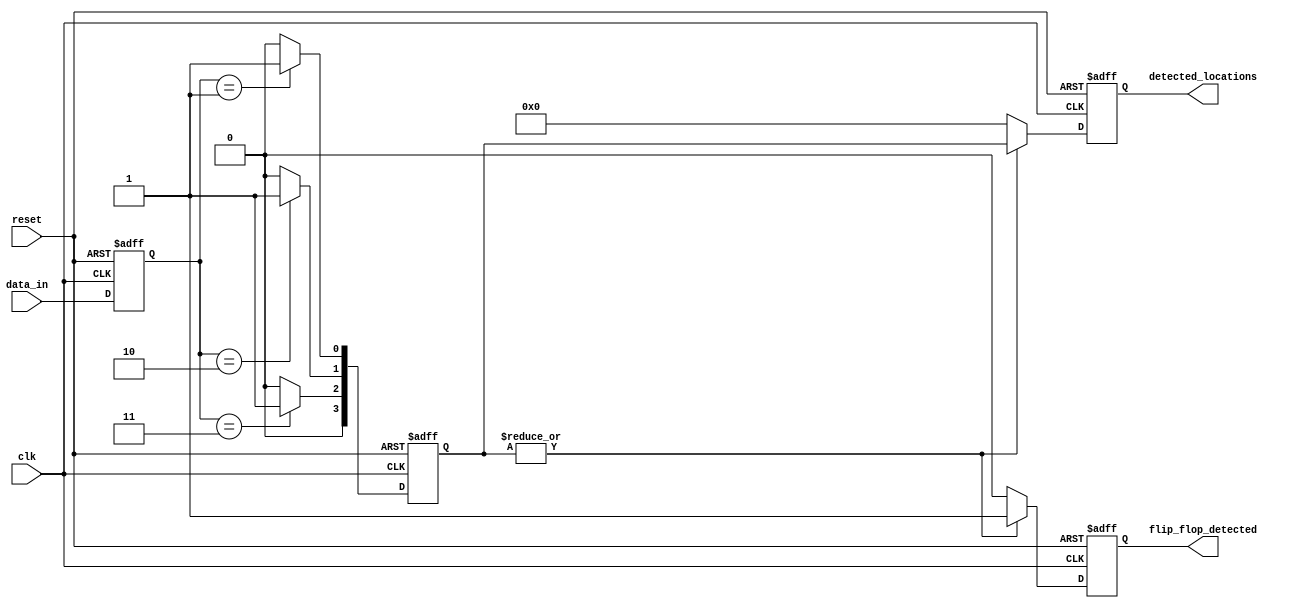
module flip_flop_detector (
    input wire clk,               // Clock signal
    input wire reset,             // Reset signal
    input wire [7:0] data_in,     // Input data lines (8-bit for example)
    output reg flip_flop_detected, // Output signal indicating flip-flop presence
    output reg [3:0] detected_locations // Output for detected locations (4-bit for example)
);

    // Internal signals
    reg [7:0] data_reg;           // Register to hold sampled data
    reg [3:0] pattern_match;      // Pattern match signals for each segment

    // Define flip-flop patterns (example patterns)
    parameter FLIP_FLOP_SET = 8'b00000001;   // Example pattern for set
    parameter FLIP_FLOP_RESET = 8'b00000010; // Example pattern for reset
    parameter FLIP_FLOP_TOGGLE = 8'b00000011; // Example pattern for toggle

    // Pattern recognition logic
    always @(posedge clk or posedge reset) begin
        if (reset) begin
            data_reg <= 8'b0;
            flip_flop_detected <= 1'b0;
            detected_locations <= 4'b0;
            pattern_match <= 4'b0;
        end else begin
            // Sample the input data
            data_reg <= data_in;

            // Check for flip-flop patterns
            pattern_match <= 4'b0; // Reset pattern match
            if (data_reg == FLIP_FLOP_SET) begin
                pattern_match[0] <= 1'b1; // Detected set
            end
            if (data_reg == FLIP_FLOP_RESET) begin
                pattern_match[1] <= 1'b1; // Detected reset
            end
            if (data_reg == FLIP_FLOP_TOGGLE) begin
                pattern_match[2] <= 1'b1; // Detected toggle
            end

            // Update detection output
            if (|pattern_match) begin
                flip_flop_detected <= 1'b1; // At least one pattern matched
                detected_locations <= pattern_match; // Store detected locations
            end else begin
                flip_flop_detected <= 1'b0; // No patterns matched
                detected_locations <= 4'b0; // Clear detected locations
            end
        end
    end

endmodule